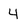
Character: 4